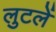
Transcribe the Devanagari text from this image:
लुटलें